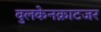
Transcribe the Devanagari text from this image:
वुलकेनक्राटजर